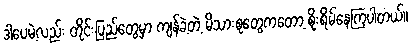
ဒါပေမဲ့လည်း တိုင်းပြည်တွေမှာ ကျန်ခဲ့တဲ့ မိသားစုတွေကတော့ စိုးရိမ်နေကြပါတယ်။